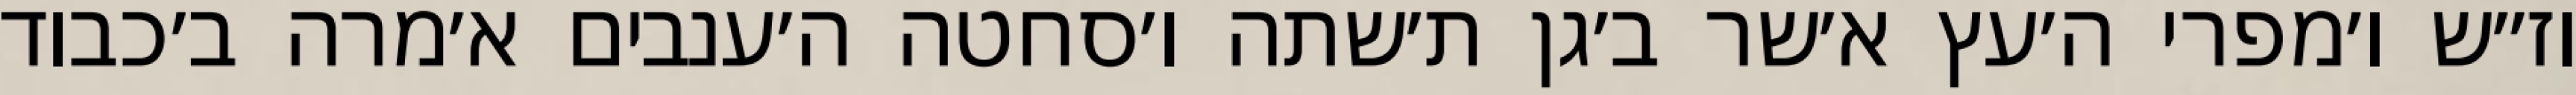
וז״ש ו׳מפרי ה׳עץ א׳שר ב׳גן ת׳שתה ו׳סחטה ה׳ענבים א׳מרה ב׳כבוד